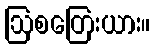
ဩစတြေးယား။